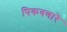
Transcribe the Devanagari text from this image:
पिकवणारे